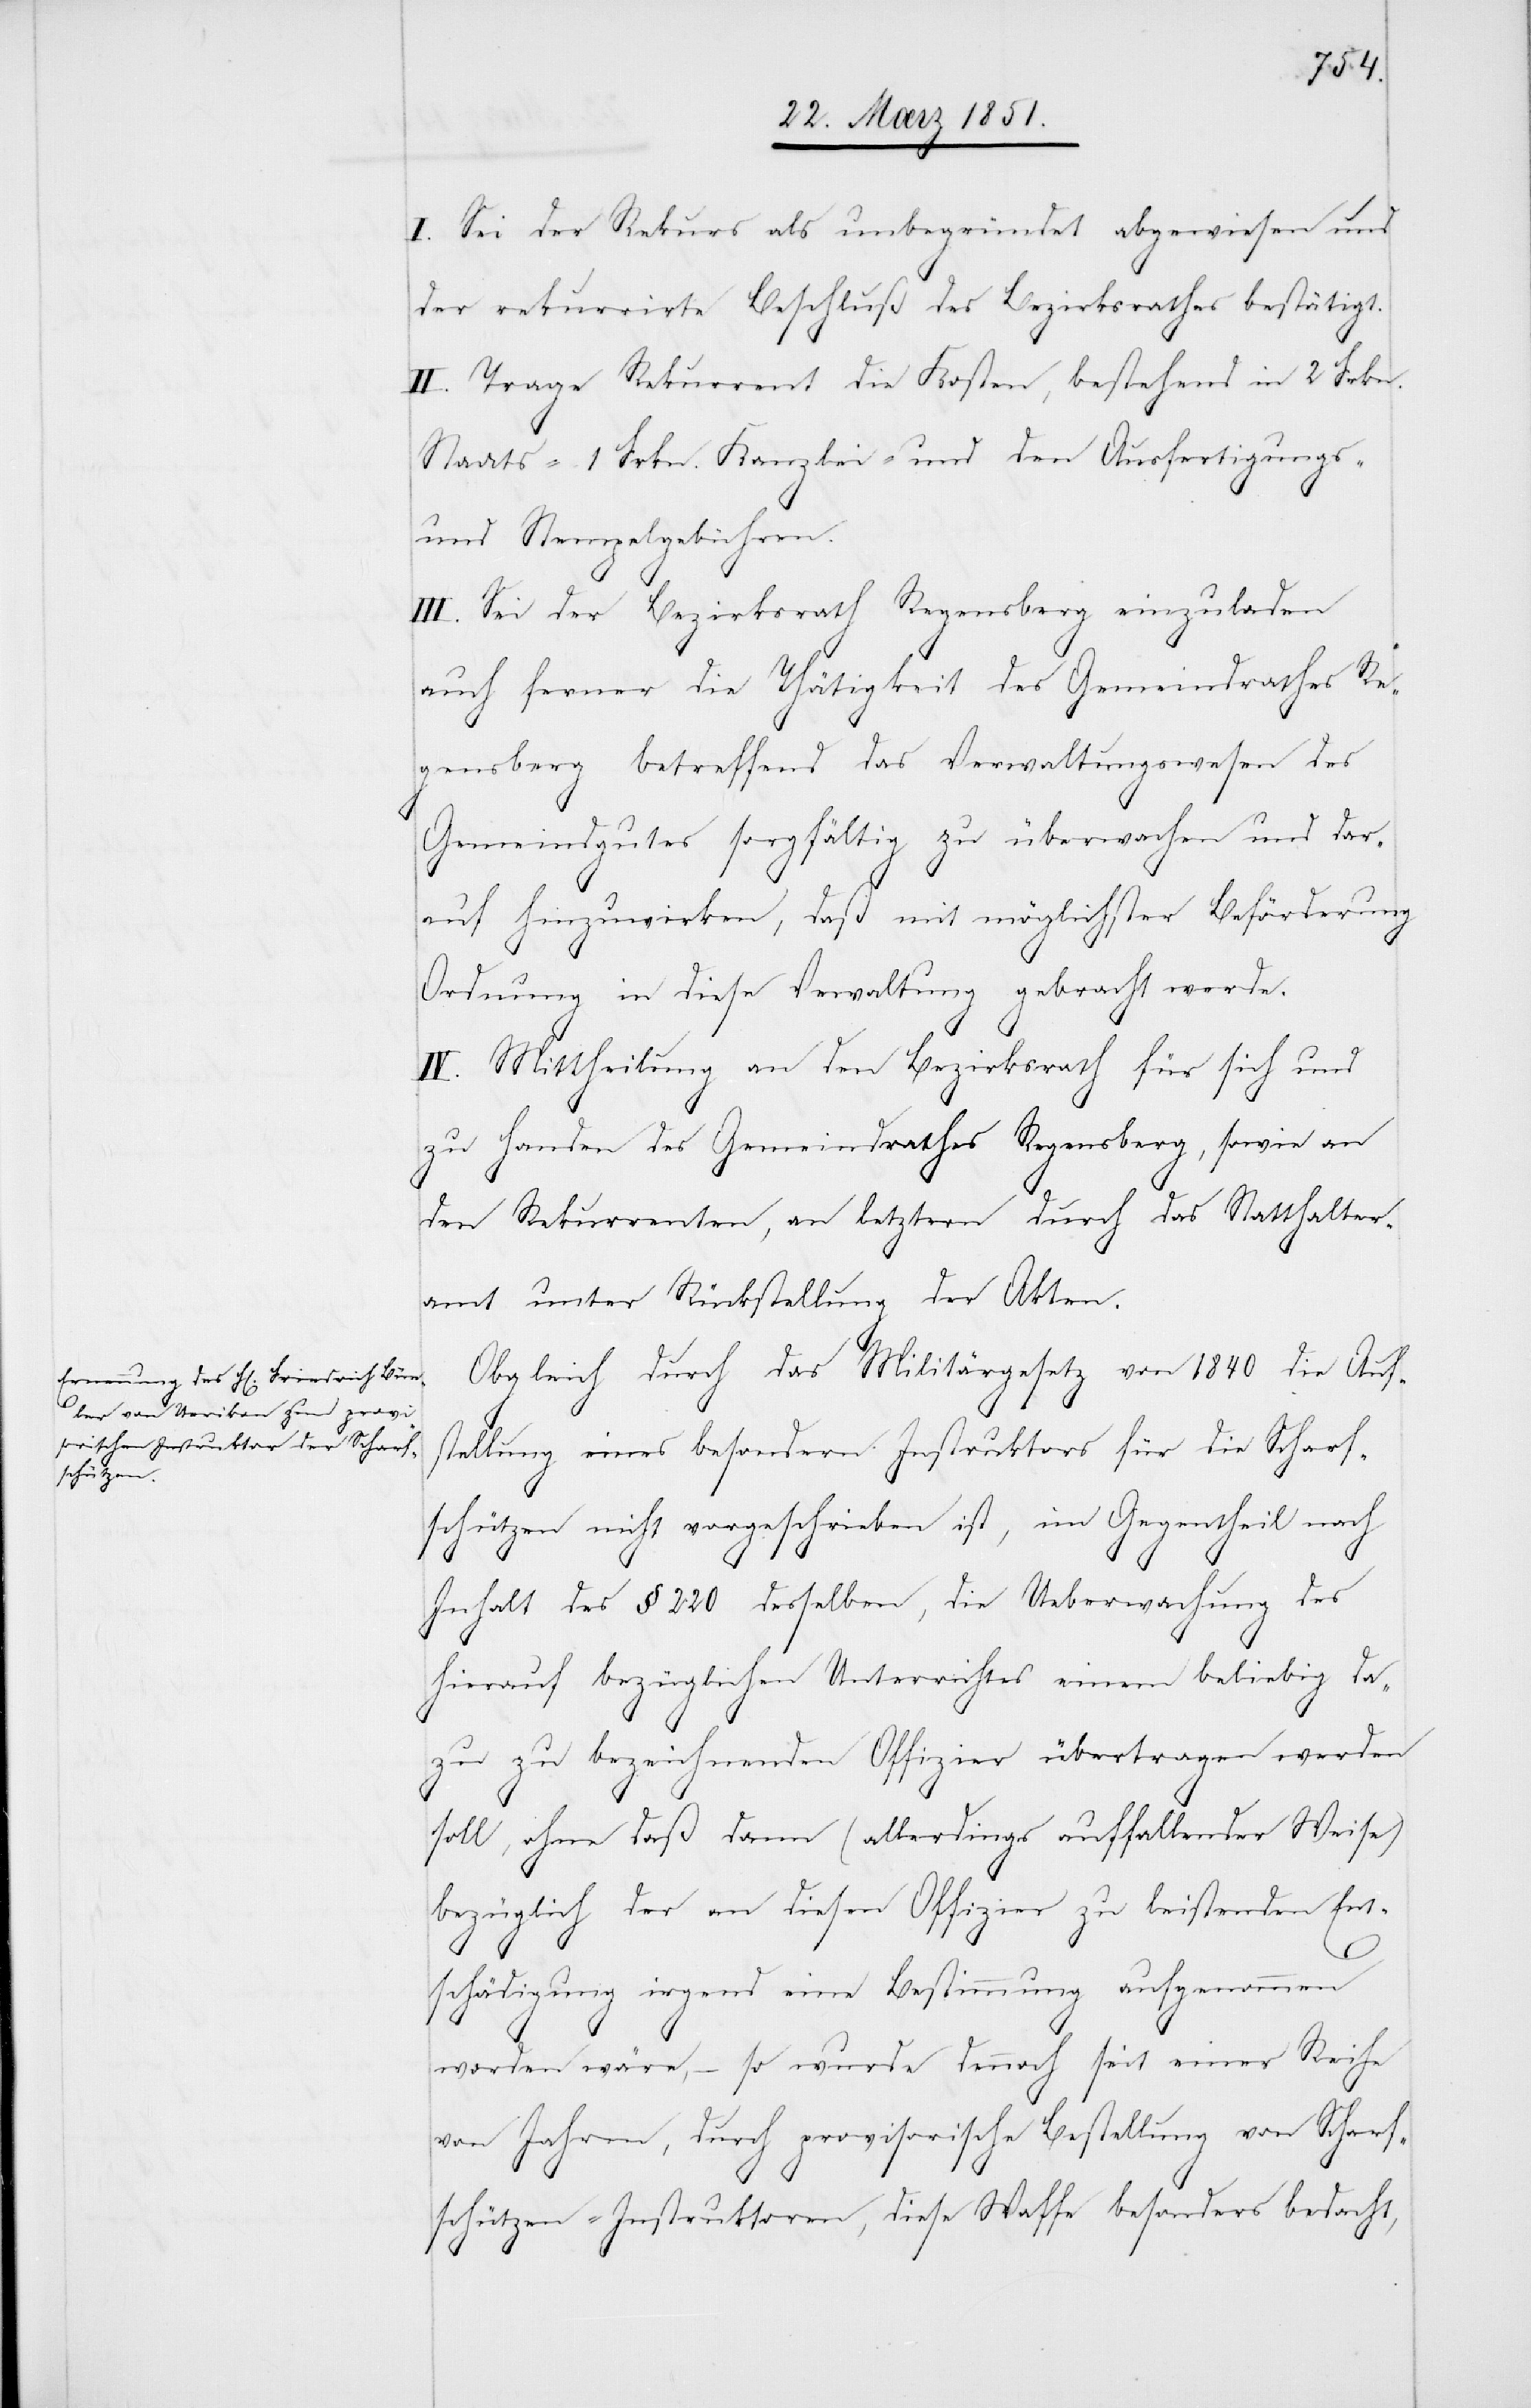
I. Sei der Rekurs als unbegründet abgewiesen und
der rekurrirte Beschluß des Bezirksrathes bestätigt.
II. Trage Rekurrent die Kosten, bestehend in 2 Frkn.
Staats-[,] 1 Frkn. Kanzlei- und den Ausfertigungs-
und Stempelgebühren.
III. Sei der Bezirksrath Regensberg einzuladen
auch ferner die Thätigkeit des Gemeindrathes Re¬
gensberg betreffend das Verwaltungswesen des
Gemeindgutes sorgfältig zu überwachen und dar¬
auf hinzuwirken, daß mit möglichster Beförderung
Ordnung in diese Ve[r]waltung gebracht werde.
IV. Mittheilung an den Bezirksrath für sich und
zu Handen des Gemeindrathes Regensberg, sowie an
den Rekurrenten, an letztern durch das Statthalter¬
amt unter Rückstellung der Akten.
Obgleich durch das Militärgesetz von 1840 die Auf¬
stellung eines besondern Instruktors für die Scharf¬
schützen nicht vorgeschrieben ist, im Gegentheil nach
Inhalt des § 220 desselben, die Ueberwachung des
hierauf bezüglichen Unterrichtes einem beliebig da¬
zu zu bezeichnenden Offizier übertragen werden
soll, ohne daß dann (allerdings auffallender Weise)
bezüglich der an diesen Offizier zu leistenden Ent¬
schädigung irgend eine Bestimmung aufgenommen
worden wäre, – so wurde dennoch seit einer Reihe
von Jahren, durch provisorische Bestellung von Scharf¬
schützen-Instruktoren, diese Waffe besonders bedacht,